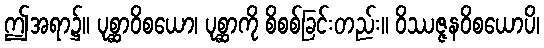
ဤအရာ၌။ ပုစ္ဆာဝိစယော၊ ပုစ္ဆာကို စိစစ်ခြင်းတည်း။ ဝိဿဇ္ဇနဝိစယောပိ၊